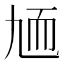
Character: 𦓏